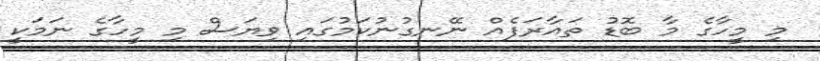
މި މީހާގެ މާ ބޮޑު ތައާރަފެއް ނޭނގުނުކަމުގައި ވިޔަސް މި މީހާގެ ނަމަކީ